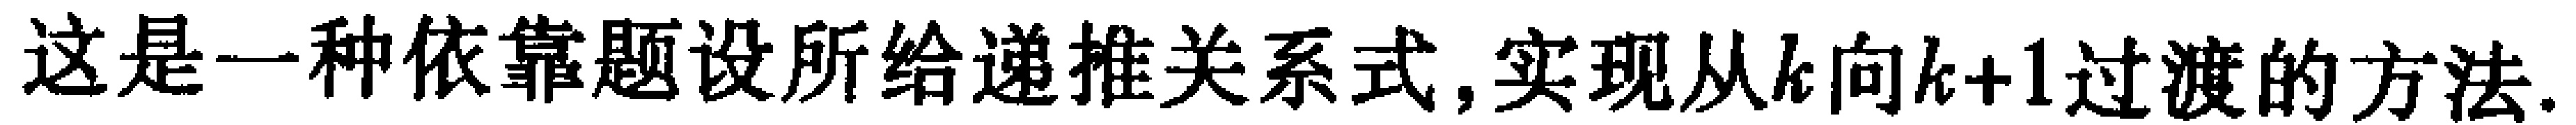
这是一种依靠题设所给递推关系式,实现从\(k\)向\(k + 1\)过渡的方法.